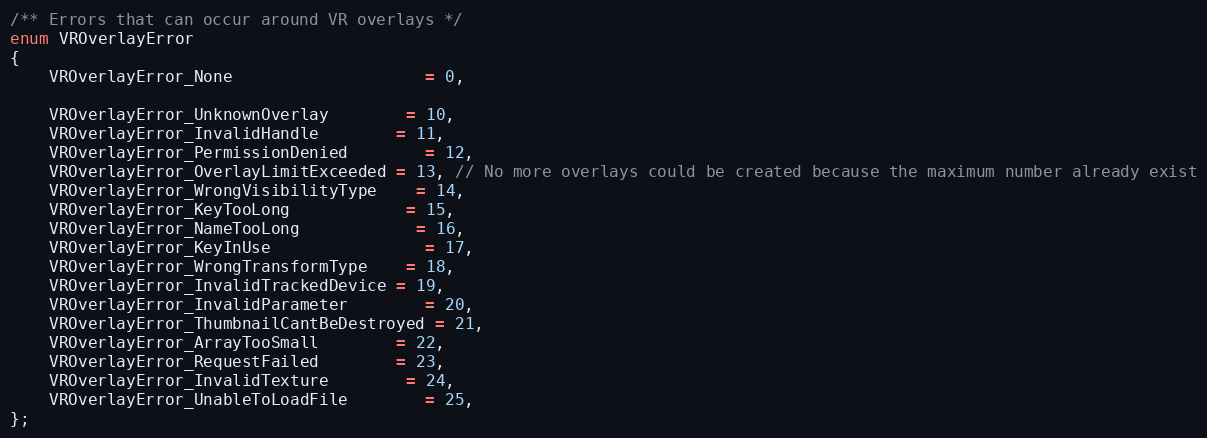
Language: C
/** Errors that can occur around VR overlays */
enum VROverlayError
{
	VROverlayError_None					= 0,

	VROverlayError_UnknownOverlay		= 10,
	VROverlayError_InvalidHandle		= 11,
	VROverlayError_PermissionDenied		= 12,
	VROverlayError_OverlayLimitExceeded = 13, // No more overlays could be created because the maximum number already exist
	VROverlayError_WrongVisibilityType	= 14,
	VROverlayError_KeyTooLong			= 15,
	VROverlayError_NameTooLong			= 16,
	VROverlayError_KeyInUse				= 17,
	VROverlayError_WrongTransformType	= 18,
	VROverlayError_InvalidTrackedDevice = 19,
	VROverlayError_InvalidParameter		= 20,
	VROverlayError_ThumbnailCantBeDestroyed = 21,
	VROverlayError_ArrayTooSmall		= 22,
	VROverlayError_RequestFailed		= 23,
	VROverlayError_InvalidTexture		= 24,
	VROverlayError_UnableToLoadFile		= 25,
};